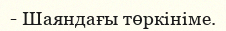
- Шаяндағы төркініме.